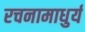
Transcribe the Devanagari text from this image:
रचनामाधुर्य